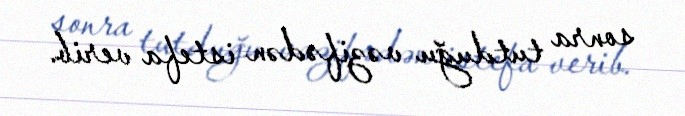
sonra tutduğu vəzifədən istefa verib.